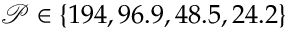
\mathcal { P } \in \{ 1 9 4 , 9 6 . 9 , 4 8 . 5 , 2 4 . 2 \}